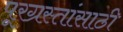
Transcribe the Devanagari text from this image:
पूरग्रस्तांसाठी